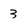
Character: 3